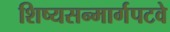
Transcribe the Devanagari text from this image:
शिष्यसन्मार्गपटवे